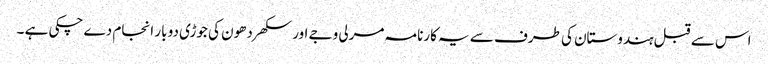
اس سے قبل ہندوستان کی طرف سے یہ کارنامہ مرلی وجے اور سکھر دھون کی جوڑی دو بار انجام دے چکی ہے ۔